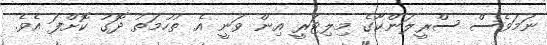
ނަމަވެސް ސްރީލަންކާގެ މިލިޓަރީ އިން ވަނީ އެ ތުހުމަތު ދޮގު ކޮށްފަ އެވެ.